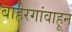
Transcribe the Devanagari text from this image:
बाहेरगांवाहून